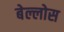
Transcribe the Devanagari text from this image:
बेल्लोस